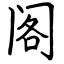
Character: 阁